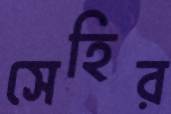
সেহির